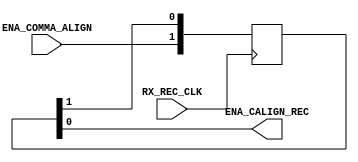
module PHASE_ALIGN
(
    //Aurora Lane Interface
    ENA_COMMA_ALIGN,


    //MGT Interface
    RX_REC_CLK,

    ENA_CALIGN_REC
);

`define DLY #1

//***********************************Port Declarations*******************************


    //Aurora Lane Interface
    input           ENA_COMMA_ALIGN;


    //MGT Interface
    input           RX_REC_CLK;

    output          ENA_CALIGN_REC;


//**************************External Register Declarations****************************


//**************************Internal Register Declarations****************************

    reg     [0:1]   phase_align_flops_r;

//*********************************Wire Declarations**********************************



//*********************************Main Body of Code**********************************

    // To phase align the signal, we sample it using a flop clocked with the recovered
    // clock.  We then sample the output of the first flop and pass it to the output.
    // This ensures that the signal is not metastable, and prevents transitions from
    // occuring except at the clock edge.  The comma alignment circuit cannot tolerate
    // transitions except at the recovered clock edge.
    always @(posedge RX_REC_CLK)
    begin
        phase_align_flops_r[0]  <=  `DLY    ENA_COMMA_ALIGN;
        phase_align_flops_r[1]  <=  `DLY    phase_align_flops_r[0];
    end

    assign  ENA_CALIGN_REC =    phase_align_flops_r[1];


endmodule